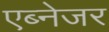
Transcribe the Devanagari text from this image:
एब्नेजर